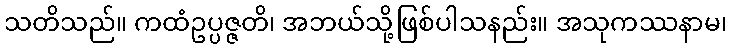
သတိသည်။ ကထံဥပ္ပဇ္ဇတိ၊ အဘယ်သို့ဖြစ်ပါသနည်း။ အသုကဿနာမ၊